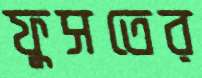
ফুসতের